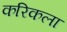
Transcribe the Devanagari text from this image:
करिकला